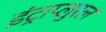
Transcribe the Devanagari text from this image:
इंट्राप्लुरल